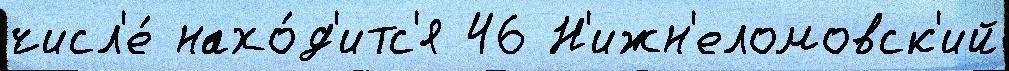
числ'е́ нахо́д'итс'я 46 Н'ижн'еломовск'ий